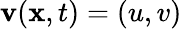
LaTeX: \mathbf{v}(\mathbf{x},t)=(u,v)